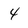
Character: 4